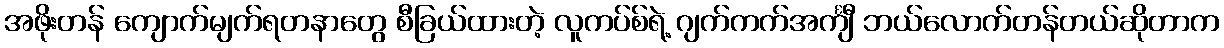
အဖိုးတန် ကျောက်မျက်ရတနာတွေ စီခြယ်ထားတဲ့ လူကပ်စ်ရဲ့ ဂျက်ကက်အင်္ကျီ ဘယ်လောက်တန်တယ်ဆိုတာက